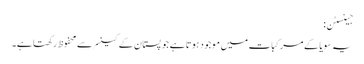
جینسٹن:
یہ سویا کے مرکبات میں موجود ہوتا ہے جو پستان کے کینسر سے محفوظ رکھتا ہے۔